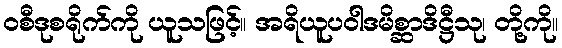
ဝစီဒုစရိုက်ကို ယူသဖြင့်။ အရိယူပဝါဒမိစ္ဆာဒိဋ္ဌီသု၊ တို့ကို။